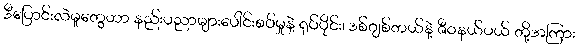
ဒီပြောင်းလဲမှုတွေဟာ နည်းပညာများပေါင်းစပ်မှုနဲ့ ရုပ်ပိုင်း၊ ဒစ်ဂျစ်တယ်နဲ့ ဇီဝနယ်ပယ် တို့အကြား